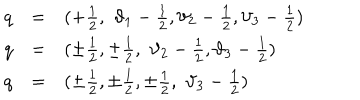
LaTeX: \begin{array} { l l l } { { q } } & { { = } } & { { ( + \frac { 1 } { 2 } , \, \, \vartheta _ { 1 } - \frac { 1 } { 2 } , \vartheta _ { 2 } - \frac { 1 } { 2 } , \vartheta _ { 3 } - \frac { 1 } { 2 } ) } } \\ { { q } } & { { = } } & { { ( \pm \frac { 1 } { 2 } , \pm \frac { 1 } { 2 } , \, \, \vartheta _ { 2 } - \frac { 1 } { 2 } , \vartheta _ { 3 } - \frac { 1 } { 2 } ) } } \\ { { q } } & { { = } } & { { ( \pm \frac { 1 } { 2 } , \pm \frac { 1 } { 2 } , \pm \frac { 1 } { 2 } , \, \, \vartheta _ { 3 } - \frac { 1 } { 2 } ) } } \\ \end{array}